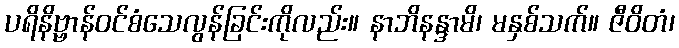
ပရိနိဗ္ဗာန်ဝင်စံသေလွန်ခြင်းကိုလည်း။ နာဘိနန္ဒာမိ၊ မနှစ်သက်။ ဇီဝိတံ၊